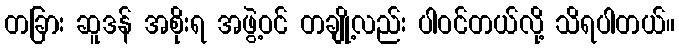
တခြား ဆူဒန် အစိုးရ အဖွဲ့ဝင် တချို့လည်း ပါဝင်တယ်လို့ သိရပါတယ်။